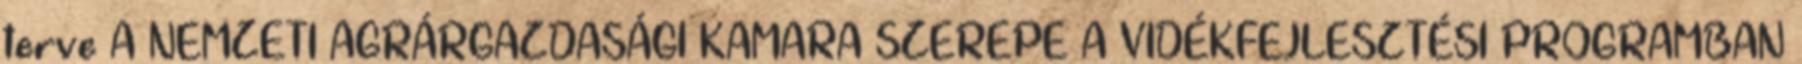
terve A NEMZETI AGRÁRGAZDASÁGI KAMARA SZEREPE A VIDÉKFEJLESZTÉSI PROGRAMBAN